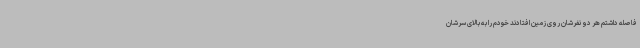
فاصله داشتم هر دو نفرشان روی زمین افتادند خودم را به بالای سرشان